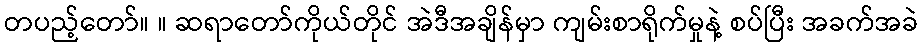
တပည့်တော်။ ။ ဆရာတော်ကိုယ်တိုင် အဲဒီအချိန်မှာ ကျမ်းစာရိုက်မှုနဲ့ စပ်ပြီး အခက်အခဲ